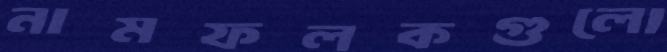
নামফলকগুলো